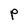
Character: P